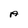
Character: A